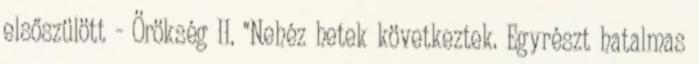
elsőszülött - Örökség II. "Nehéz hetek következtek. Egyrészt hatalmas